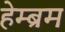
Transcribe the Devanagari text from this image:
हेम्‍ब्रम